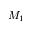
M _ { 1 }